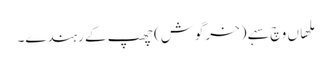
ملھاں وچ سہے (خرگوش) چھپ کے رہندے۔